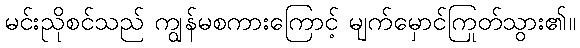
မင်းညိုစင်သည် ကျွန်မစကားကြောင့် မျက်မှောင်ကြုတ်သွား၏။